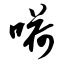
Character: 嗬